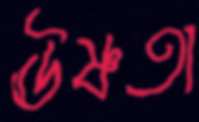
ঊষ্ণতা